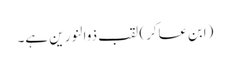
(ابن عساکر) لقب ذوالنور ین ہے۔